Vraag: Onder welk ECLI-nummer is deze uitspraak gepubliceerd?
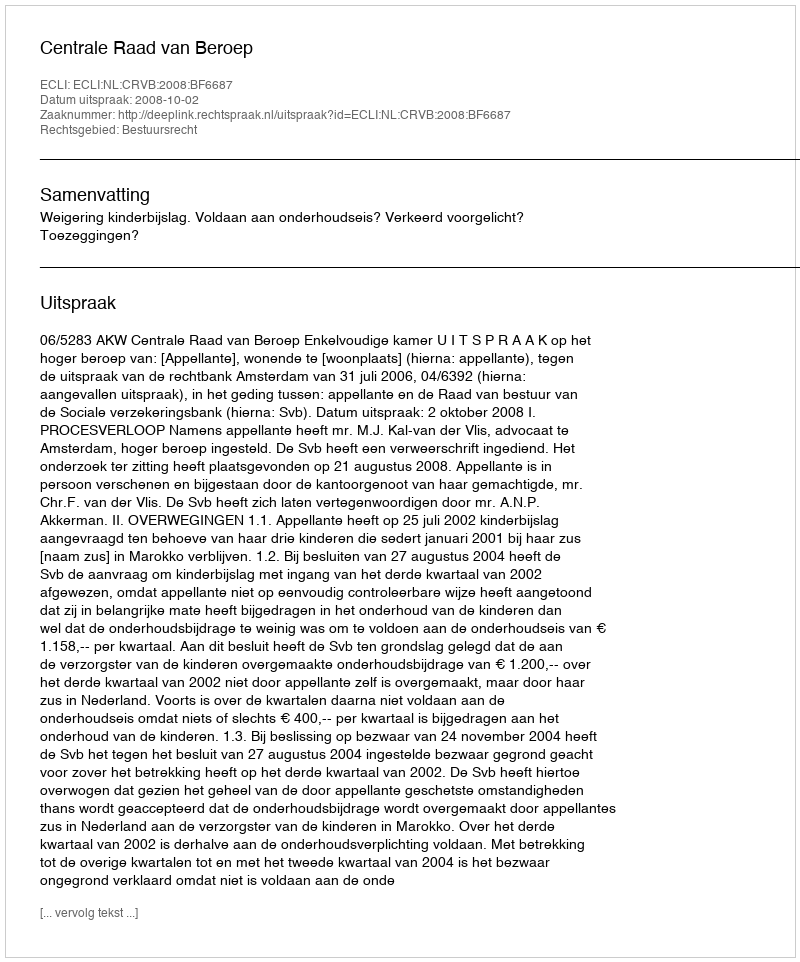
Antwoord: ECLI:NL:CRVB:2008:BF6687